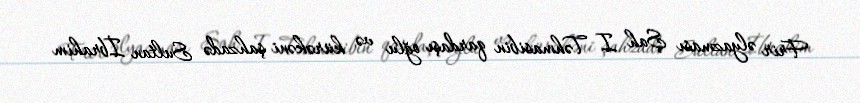
Frir əlyazması Şah I Təhmasibin qardaşı oğlu və kürəkəni şahzadə Sultan İbrahim